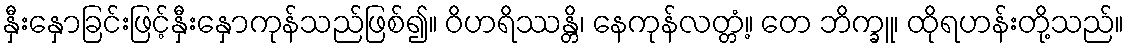
နှီးနှောခြင်းဖြင့်နှီးနှောကုန်သည်ဖြစ်၍။ ဝိဟရိဿန္တိ၊ နေကုန်လတ္တံ့။ တေ ဘိက္ခူ၊ ထိုရဟန်းတို့သည်။